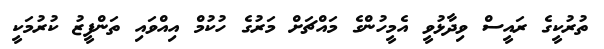
ތުރުކީގެ ރައީސް ވިދާޅުވީ އެމީހުންގެ މައްޗަށް މަރުގެ ހުކުމް އިއްވައި ތަންފީޒު ކުރުމަކީ